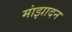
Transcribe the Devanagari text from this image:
मांझादन